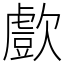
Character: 㱆